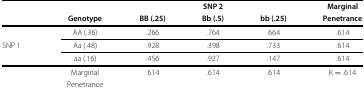
<table><thead><tr><td><b> </b></td><td><b> </b></td><td colspan="3"><b>SNP 2</b></td><td><b>Marginal</b></td></tr><tr><td><b> </b></td><td><b>Genotype</b></td><td><b>BB (.25)</b></td><td><b>Bb (.5)</b></td><td><b>bb (.25)</b></td><td><b>Penetrance</b></td></tr></thead><tbody><tr><td> </td><td>AA (.36)</td><td>.266</td><td>.764</td><td>.664</td><td>.614</td></tr><tr><td>SNP 1</td><td>Aa (.48)</td><td>.928</td><td>.398</td><td>.733</td><td>.614</td></tr><tr><td> </td><td>aa (.16)</td><td>.456</td><td>.927</td><td>.147</td><td>.614</td></tr><tr><td> </td><td>Marginal</td><td>.614</td><td>.614</td><td>.614</td><td>K =.614</td></tr><tr><td> </td><td>Penetrance</td><td> </td><td> </td><td> </td><td> </td></tr></tbody></table>